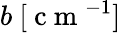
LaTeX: b\ [\mathrm{~c~m~}^{-1}]